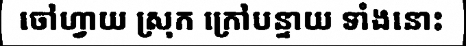
ចៅហ្វាយ ស្រុក ក្រៅបន្ទាយ ទាំងនោះ